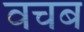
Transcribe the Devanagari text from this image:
वचब